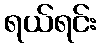
ရယ်ရင်း